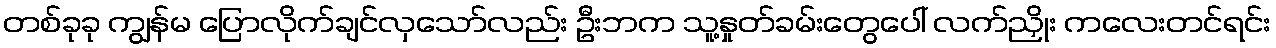
တစ်ခုခု ကျွန်မ ပြောလိုက်ချင်လှသော်လည်း ဦးဘက သူ့နှုတ်ခမ်းတွေပေါ် လက်ညှိုး ကလေးတင်ရင်း